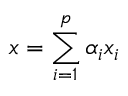
x = \sum _ { i = 1 } ^ { p } \alpha _ { i } x _ { i }